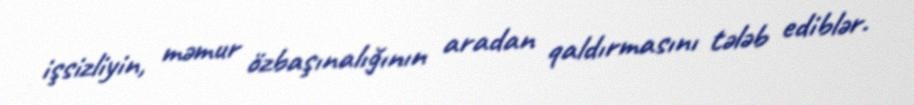
işsizliyin, məmur özbaşınalığının aradan qaldırmasını tələb ediblər.